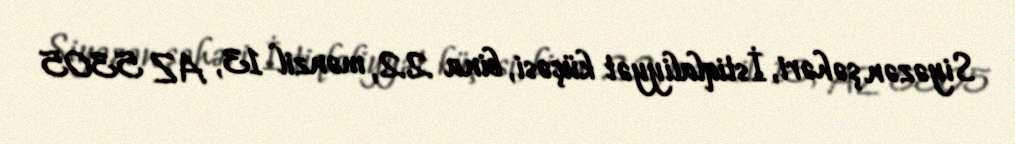
Siyəzən şəhəri, İstiqlaliyyət küçəsi, bina 22, mənzil 13, AZ 5305